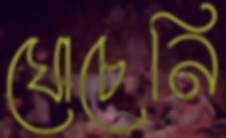
ঘোচেনি